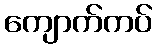
ကျောက်ကပ်